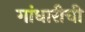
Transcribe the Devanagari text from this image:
गांधारीची